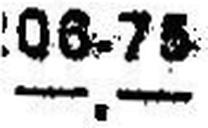
—.—